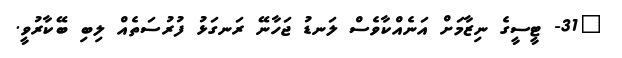
"31- ޓީސީގެ ނިޒާމަށް އަނެއްކާވެސް ލަނޑު ޖަހާނޭ ރަނގަޅު ފުރުސަތެއް ލިބި ބޭކާރުވީ.